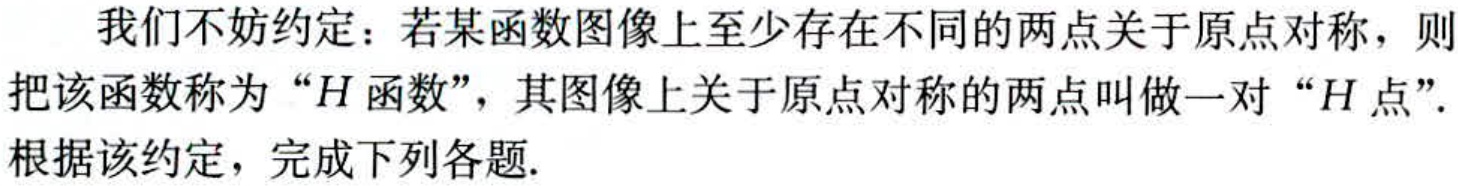
我们不妨约定：若某函数图像上至少存在不同的两点关于原点对称，则把该函数称为“\(H\)函数”，其图像上关于原点对称的两点叫做一对“\(H\)点”. 根据该约定，完成下列各题.